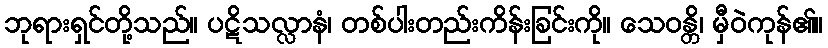
ဘုရားရှင်တို့သည်။ ပဋိသလ္လာနံ၊ တစ်ပါးတည်းကိန်းခြင်းကို။ သေဝန္တိ၊ မှီဝဲကုန်၏။